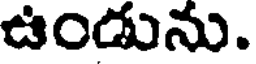
ఉండును.